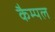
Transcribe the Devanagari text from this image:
कैम्पल